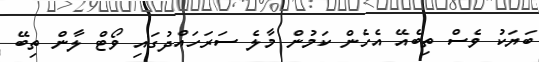
ބަޔަކު ވެސް ތިބެއޭ އެހެން ކަމުން މާލެ ސަރަހައްދުގައި ވޯޓް ލާން ތިބޭ